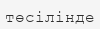
төсілінде